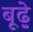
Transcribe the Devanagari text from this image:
बूढ़े़